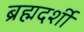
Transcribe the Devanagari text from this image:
ब्रह्मदर्शी